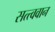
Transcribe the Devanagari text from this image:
सत्त्ववान